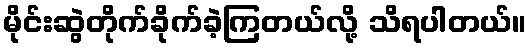
မိုင်းဆွဲတိုက်ခိုက်ခဲ့ကြတယ်လို့ သိရပါတယ်။